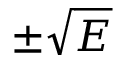
\pm \sqrt { E }